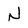
Character: N